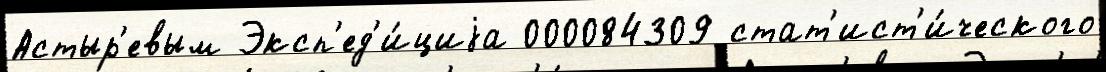
Астыр'евым Эксп'ед'и́циjа 000084309 стат'ист'и́ческого